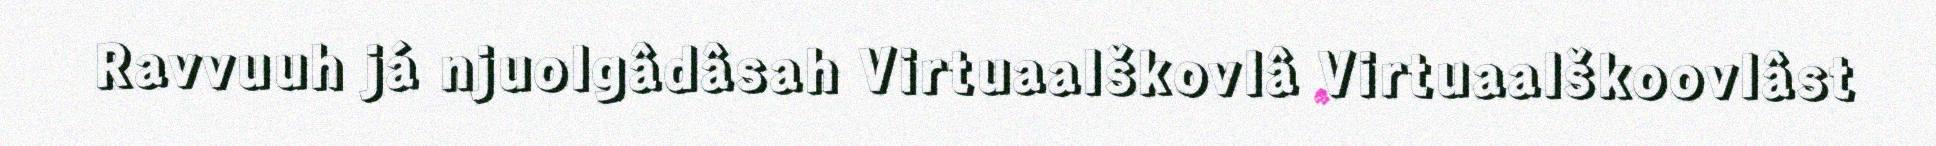
Ravvuuh já njuolgâdâsah Virtuaalškovlâ Virtuaalškoovlâst